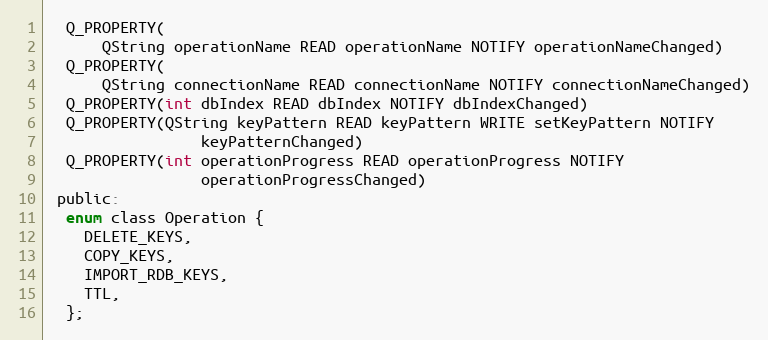
Language: C
  Q_PROPERTY(
      QString operationName READ operationName NOTIFY operationNameChanged)
  Q_PROPERTY(
      QString connectionName READ connectionName NOTIFY connectionNameChanged)
  Q_PROPERTY(int dbIndex READ dbIndex NOTIFY dbIndexChanged)
  Q_PROPERTY(QString keyPattern READ keyPattern WRITE setKeyPattern NOTIFY
                 keyPatternChanged)
  Q_PROPERTY(int operationProgress READ operationProgress NOTIFY
                 operationProgressChanged)
 public:
  enum class Operation {
    DELETE_KEYS,
    COPY_KEYS,
    IMPORT_RDB_KEYS,
    TTL,
  };